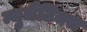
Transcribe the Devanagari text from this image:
न्युमैटिक्स